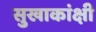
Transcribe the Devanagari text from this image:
सुखाकांक्षी